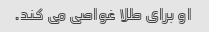
او برای طلا غواصی می کند.